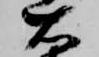
右